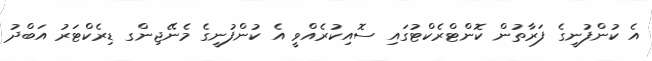
އެ ކުންފުނީގެ ފަރާތުން ކޮންޓްރެކްޓުގައި ސޮއިކުރެއްވީ އެ ކުންފުނީގެ މެނޭޖިންގ ޑިރެކްޓަރު އަބްދު